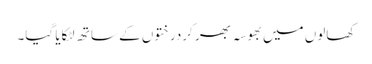
کھالوں میں بھوسہ بھر کردرختوں کے ساتھ لٹکایا گیا۔